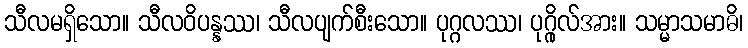
သီလမရှိသော။ သီလဝိပန္နဿ၊ သီလပျက်စီးသော။ ပုဂ္ဂလဿ၊ ပုဂ္ဂိုလ်အား။ သမ္မာသမာဓိ၊